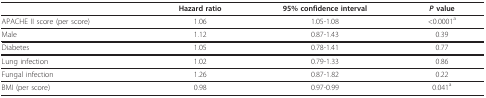
<table><thead><tr><td></td><td><b>Hazard ratio</b></td><td><b>95% confidence interval</b></td><td><b><i>P </i>value</b></td></tr></thead><tbody><tr><td>APACHE II score (per score)</td><td>1.06</td><td>1.05-1.08</td><td>&lt;0.0001<sup>a</sup></td></tr><tr><td>Male</td><td>1.12</td><td>0.87-1.43</td><td>0.39</td></tr><tr><td>Diabetes</td><td>1.05</td><td>0.78-1.41</td><td>0.77</td></tr><tr><td>Lung infection</td><td>1.02</td><td>0.79-1.33</td><td>0.86</td></tr><tr><td>Fungal infection</td><td>1.26</td><td>0.87-1.82</td><td>0.22</td></tr><tr><td>BMI (per score)</td><td>0.98</td><td>0.97-0.99</td><td>0.041<sup>a</sup></td></tr></tbody></table>